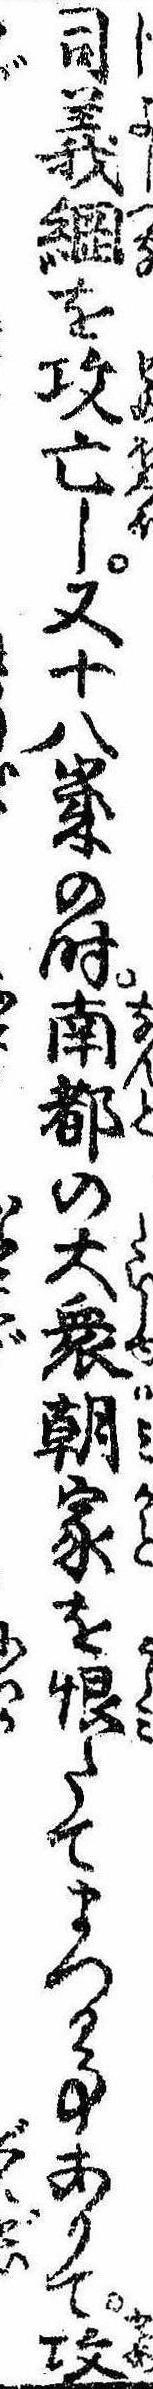
司義綱を攻亡し又十八歳の時南都の大衆朝家を恨たてまつる事ありて攻